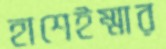
হাশেইম্মার